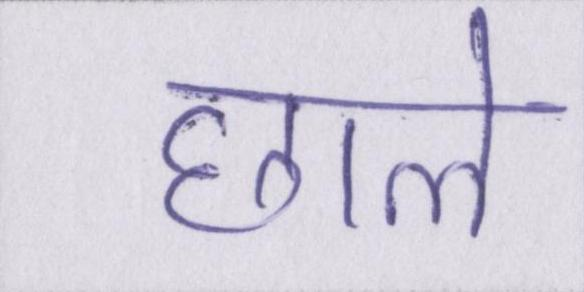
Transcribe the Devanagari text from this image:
छाले